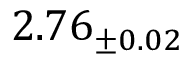
2 . 7 6 _ { \pm 0 . 0 2 }